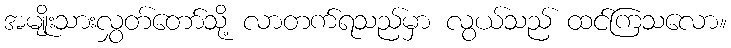
အမျိုးသားလွှတ်တော်သို့ လာတက်ရသည်မှာ လွယ်သည် ထင်ကြသလော။